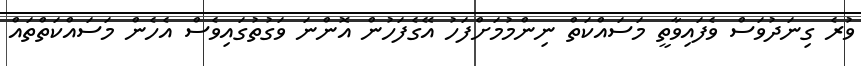
ވުރެ ގިނަދުވަސް ވެފައިވާތީ މަސައްކަތް ނިންމުމަށްފަހު އޭގެފަހުން އޮންނަ ވަގުތުގައިވެސް އެހެން މަސައްކަތްތައް